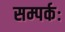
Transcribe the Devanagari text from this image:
सम्पर्कः